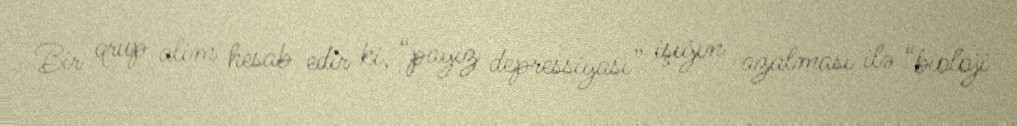
Bir qrup alim hesab edir ki, “payız depressiyası” işığın azalması ilə “bioloji